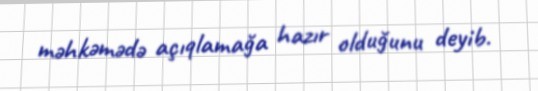
məhkəmədə açıqlamağa hazır olduğunu deyib.